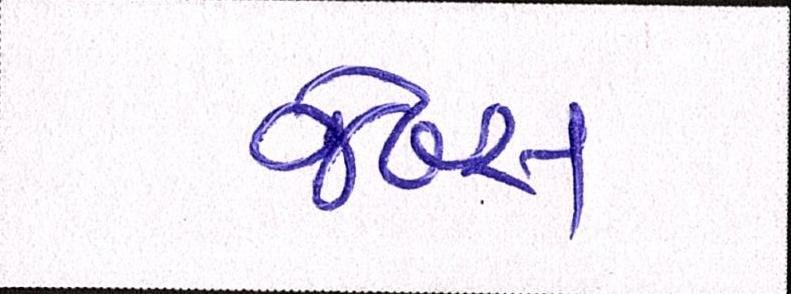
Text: જેબ્સ